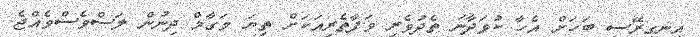
އިނގިރޭސި ބަހަށް އެހާ ކުޅަދާނަ ތެދުވެރި ވަފާތެރިއަކަށް ތިޔަ މަގާމް ދިނުން ލަސްވެސްވެއްޖެ.